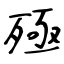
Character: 殛